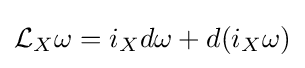
{\mathcal {L}}_{X}\omega =i_{X}d\omega +d(i_{X}\omega )